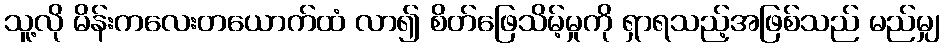
သူ့လို မိန်းကလေးတယောက်ထံ လာ၍ စိတ်ဖြေသိမ့်မှုကို ရှာရသည့်အဖြစ်သည် မည်မျှ